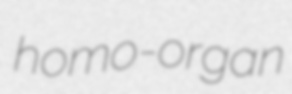
homo-organ